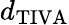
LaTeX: d_{\mathrm{TIVA}}